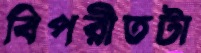
বিপরীতটা